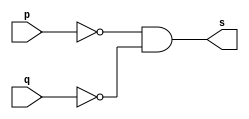
// ------------------------- 
//--Construir a tabela_verdade para a porta NOR com 2 entradas. 
//--Obs.: Usar na definio do mdulo a propriedade de Morgan.     
//----------------------------- 
// Exercicio05 - NOR 
// Nome: Milton costa teles da silva

// ---------------------
// -- nor gate
// ---------------------

module norgate (output s, input p, input q );
 assign s = ( ~p  & ~q );

endmodule // norgate

// ---------------------
// -- test nor gate
// ---------------------

module testnorgate;
 reg   a, b;
 wire  s;
//--------------instancia
 norgate NOR1 (s, a, b);
 
//---------------parte principal

 initial begin:start 
a=0; b=0;
end 


 initial begin:main 
      $display("Exercicio05 -  Milton teles da silva - 002751");
      $display("Test NOR gate");
      $display("\na ~| b  = s\n");
  
 $monitor("%b ~| %b = %b" ,  a , b , s);     
      #1 a=0; b=1;
      #1 a=1; b=0;
      #1 a=1; b=1;
 
 end
endmodule // testnorgate